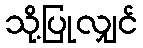
သို့ပြုလျှင်